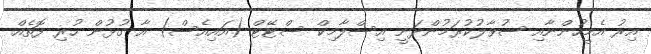
އިރު އެމީހުންނާއި ސުވާލުކުރަމުންދަނީ އިސްލާމިކް ސްޓޭޓް (އައިއެސް) އާ ގުޅުން ހުރި ފޮތެއް